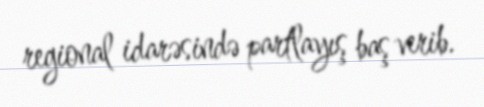
regional idarəsində partlayış baş verib.